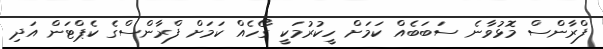
ފްރާންސް މޮޅުވާނެ ސަބަބެއް ކަމަށް ހީކުރުމަކީ ގޯހެއް ކަމަށް ފްރާންސްގެ ކެޕްޓަން އަދި